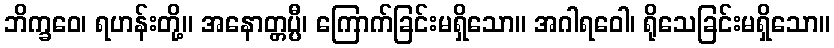
ဘိက္ခဝေ၊ ရဟန်းတို့။ အနောတ္တပ္ပီ၊ ကြောက်ခြင်းမရှိသော။ အဂါရဝေါ၊ ရိုသေခြင်းမရှိသော။